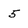
Character: 5